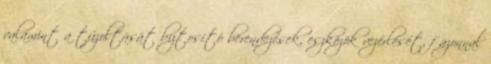
valamint a tûzoltását biztosító berendezések, eszközök vezérlését, f azonnal